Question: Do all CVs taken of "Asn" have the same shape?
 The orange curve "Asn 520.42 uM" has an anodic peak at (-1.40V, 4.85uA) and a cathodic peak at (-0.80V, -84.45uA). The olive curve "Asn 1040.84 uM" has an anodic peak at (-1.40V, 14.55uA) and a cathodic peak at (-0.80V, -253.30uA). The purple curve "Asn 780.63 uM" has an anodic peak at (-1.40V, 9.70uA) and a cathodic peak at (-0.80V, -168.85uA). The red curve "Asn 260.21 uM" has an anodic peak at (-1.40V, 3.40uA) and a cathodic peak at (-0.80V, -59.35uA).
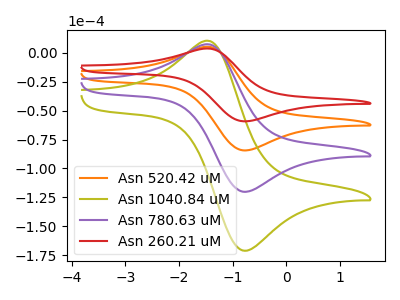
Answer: <think>All the peaks in "Asn 520.42 uM" have a peak in "Asn 1040.84 uM" at the same potential. Every peak in "Asn 520.42 uM" is lower than every peak in "Asn 1040.84 uM". All the peaks in "Asn 520.42 uM" have a peak in "Asn 780.63 uM" at the same potential. Every peak in "Asn 520.42 uM" is lower than every peak in "Asn 780.63 uM". All the peaks in "Asn 520.42 uM" have a peak in "Asn 260.21 uM" at the same potential. Every peak in "Asn 520.42 uM" is higher than every peak in "Asn 260.21 uM". All the peaks in "Asn 1040.84 uM" have a peak in "Asn 780.63 uM" at the same potential. Every peak in "Asn 1040.84 uM" is higher than every peak in "Asn 780.63 uM". All the peaks in "Asn 1040.84 uM" have a peak in "Asn 260.21 uM" at the same potential. Every peak in "Asn 1040.84 uM" is higher than every peak in "Asn 260.21 uM". All the peaks in "Asn 780.63 uM" have a peak in "Asn 260.21 uM" at the same potential. Every peak in "Asn 780.63 uM" is higher than every peak in "Asn 260.21 uM".
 </think>
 <answer>All the CV's of "Asn" have similar shape.</answer>
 <eval>follow_rule</eval>